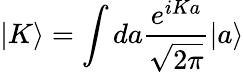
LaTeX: |K\rangle=\int da\frac{e^{iKa}}{\sqrt{2\pi}}|a\rangle